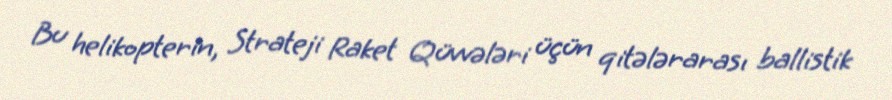
Bu helikopterin, Strateji Raket Qüvvələri üçün qitələrarası ballistik